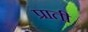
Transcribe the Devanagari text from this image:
प्राती